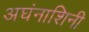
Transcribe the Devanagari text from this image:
अघंनाशिनी